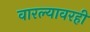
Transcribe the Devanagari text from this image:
वारल्यावरही